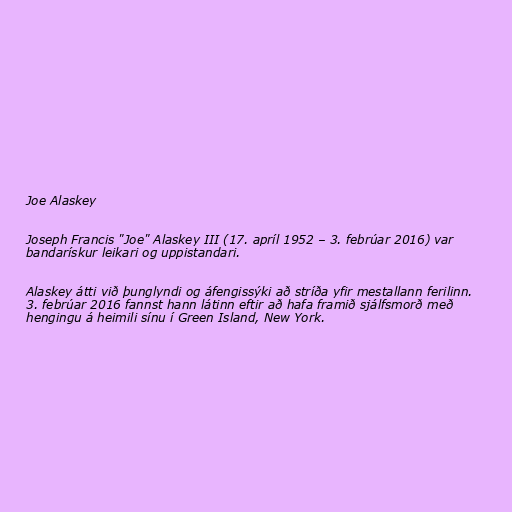
Joe Alaskey

Joseph Francis "Joe" Alaskey III (17. apríl 1952 – 3. febrúar 2016) var
bandarískur leikari og uppistandari.

Alaskey átti við þunglyndi og áfengissýki að stríða yfir mestallann ferilinn.
3. febrúar 2016 fannst hann látinn eftir að hafa framið sjálfsmorð með
hengingu á heimili sínu í Green Island, New York.